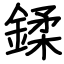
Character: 鍒